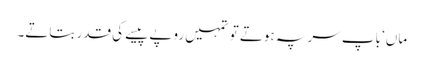
ماں‘ باپ سر پہ ہوتے تو تمہیں روپے پیسے کی قدر بتاتے۔